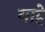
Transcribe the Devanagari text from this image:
याहे